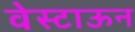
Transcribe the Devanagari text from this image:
वेस्टाऊन